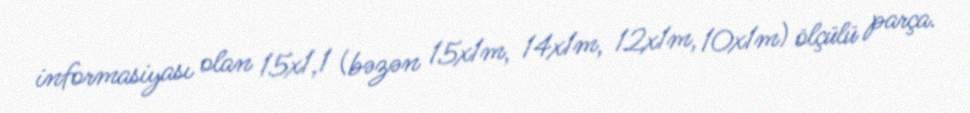
informasiyası olan 15x1,1 (bəzən 15x1m, 14x1m, 12x1m, 10x1m) ölçülü parça.